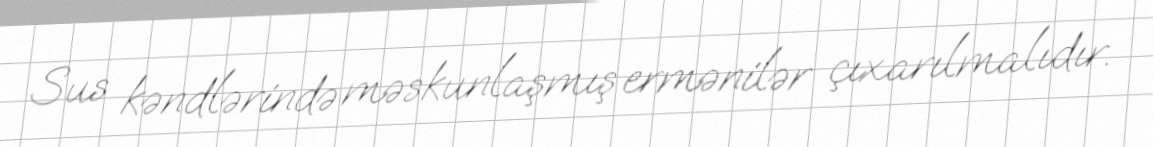
Sus kəndlərində məskunlaşmış ermənilər çıxarılmalıdır.